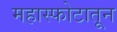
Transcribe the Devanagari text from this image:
महास्फोटातून